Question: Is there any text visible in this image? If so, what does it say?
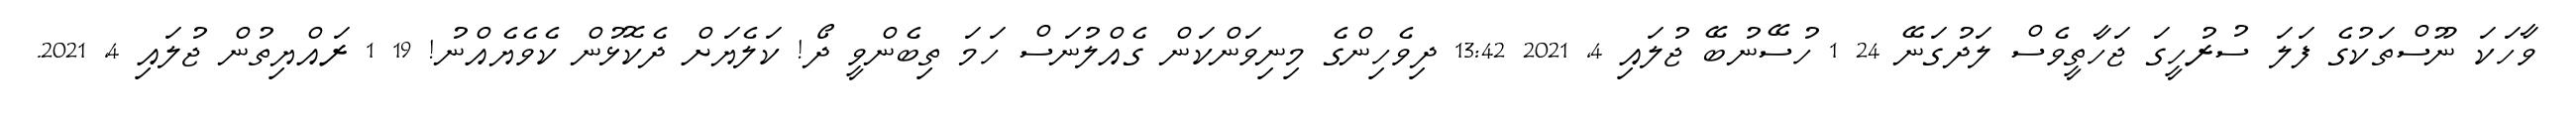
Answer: ވާހަކަ ނޫސްތަކުގެ ފަލަ ސުރުހީގަ ޖަހާތީވެސް ލަދުގަނޭ 24 1 ހުސޭނުބޭ ޖުލައި 4, 2021 13:42 ދިވެހިންގެ މިނިވަންކަން ގެއްލުނަސް ހަމަ ތިބެންވީ ދޯ! ކަލެޔަށް ދެކޮޅުން ކެވެޔެއްނު! 19 1 ރައްޔިތުން ޖުލައި 4, 2021.